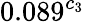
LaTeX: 0.089^{c_{3}}